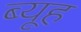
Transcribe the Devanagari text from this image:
ब्यूह